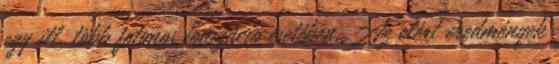
egy ill. több fotonos ionizáció esetében. Az elért eredmények